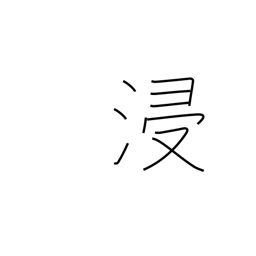
Meaning: soak